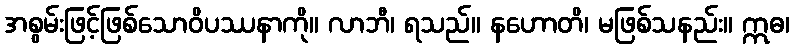
အစွမ်းဖြင့်ဖြစ်သောဝိပဿနာကို။ လာဘီ၊ ရသည်။ နဟောတိ၊ မဖြစ်သနည်း။ ဣဓ၊